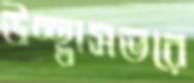
উচ্ছ্বাসভরে